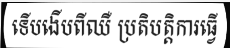
ទើបងើបពីឈឺ ប្រតិបត្តិការធ្វើ